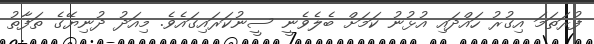
ފުރަތަމަ އިގުރު ހައްދައި އުޅުނު ކަމަށް ބެލެވެނީ ސީނުކަރައިގައެވެ. މިއަދު ދުނިޔޭގެ ތަފާތު